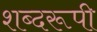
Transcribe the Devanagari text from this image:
शब्दरूपी